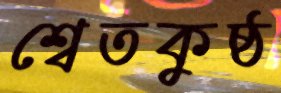
শ্বেতকুষ্ঠ